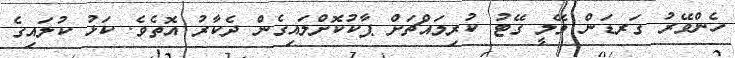
ހެންވޭރު ގަރޑަން ވޭލީ ގޭޓު ކުރިމައްޗަށް ޕާކުކޮށްލައިގެން ދެކާރު އޮތެވެ. ކަޅު ކުލައިގެ